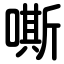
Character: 嘶